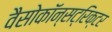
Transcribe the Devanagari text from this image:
वैसोकॉन्सट्रिक्टर